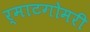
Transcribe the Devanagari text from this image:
र्माटगोमरी